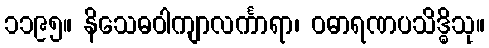
၁၁၉၅။ နိသေဓဝါကျာလင်္ကာရာ၊ ဝဓာရဏပသိဒ္ဓိသု။